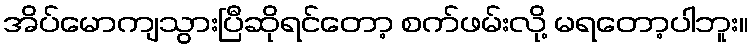
အိပ်မောကျသွားပြီဆိုရင်တော့ စက်ဖမ်းလို့ မရတော့ပါဘူး။